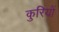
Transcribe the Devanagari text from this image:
कुरियों